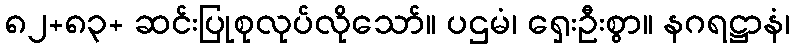
၈၂+၈၃+ ဆင်းပြုစုလုပ်လိုသော်။ ပဌမံ၊ ရှေးဦးစွာ။ နဂရဋ္ဌာနံ၊